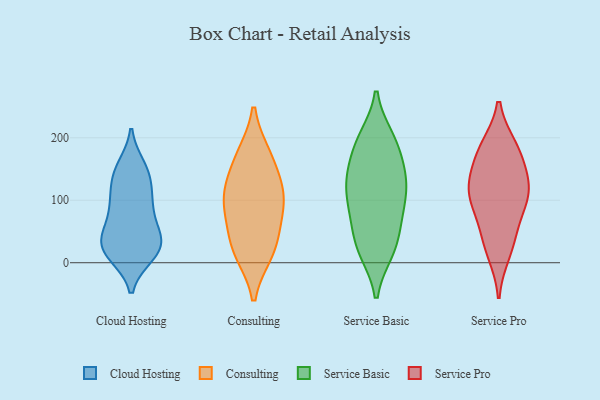
{"axis": {"x": "Active Users", "y": "Value"}, "legend": ["Cloud Hosting", "Consulting", "Service Basic", "Service Pro"], "data": [{"x": "", "y": 27, "type": "Cloud Hosting"}, {"x": "", "y": 22, "type": "Cloud Hosting"}, {"x": "", "y": 43, "type": "Cloud Hosting"}, {"x": "", "y": 16, "type": "Cloud Hosting"}, {"x": "", "y": 153, "type": "Cloud Hosting"}, {"x": "", "y": 13, "type": "Cloud Hosting"}, {"x": "", "y": 37, "type": "Cloud Hosting"}, {"x": "", "y": 97, "type": "Cloud Hosting"}, {"x": "", "y": 133, "type": "Cloud Hosting"}, {"x": "", "y": 78, "type": "Cloud Hosting"}, {"x": "", "y": 148, "type": "Cloud Hosting"}, {"x": "", "y": 143, "type": "Cloud Hosting"}, {"x": "", "y": 103, "type": "Cloud Hosting"}, {"x": "", "y": 15, "type": "Cloud Hosting"}, {"x": "", "y": 59, "type": "Cloud Hosting"}, {"x": "", "y": 38, "type": "Cloud Hosting"}, {"x": "", "y": 98, "type": "Cloud Hosting"}, {"x": "", "y": 90, "type": "Consulting"}, {"x": "", "y": 16, "type": "Consulting"}, {"x": "", "y": 172, "type": "Consulting"}, {"x": "", "y": 120, "type": "Consulting"}, {"x": "", "y": 102, "type": "Consulting"}, {"x": "", "y": 38, "type": "Consulting"}, {"x": "", "y": 122, "type": "Consulting"}, {"x": "", "y": 71, "type": "Consulting"}, {"x": "", "y": 171, "type": "Consulting"}, {"x": "", "y": 16, "type": "Consulting"}, {"x": "", "y": 140, "type": "Service Basic"}, {"x": "", "y": 77, "type": "Service Basic"}, {"x": "", "y": 179, "type": "Service Basic"}, {"x": "", "y": 199, "type": "Service Basic"}, {"x": "", "y": 77, "type": "Service Basic"}, {"x": "", "y": 77, "type": "Service Basic"}, {"x": "", "y": 20, "type": "Service Basic"}, {"x": "", "y": 190, "type": "Service Basic"}, {"x": "", "y": 199, "type": "Service Basic"}, {"x": "", "y": 112, "type": "Service Basic"}, {"x": "", "y": 115, "type": "Service Basic"}, {"x": "", "y": 144, "type": "Service Basic"}, {"x": "", "y": 21, "type": "Service Basic"}, {"x": "", "y": 136, "type": "Service Basic"}, {"x": "", "y": 42, "type": "Service Basic"}, {"x": "", "y": 19, "type": "Service Basic"}, {"x": "", "y": 123, "type": "Service Basic"}, {"x": "", "y": 113, "type": "Service Pro"}, {"x": "", "y": 184, "type": "Service Pro"}, {"x": "", "y": 179, "type": "Service Pro"}, {"x": "", "y": 174, "type": "Service Pro"}, {"x": "", "y": 36, "type": "Service Pro"}, {"x": "", "y": 108, "type": "Service Pro"}, {"x": "", "y": 63, "type": "Service Pro"}, {"x": "", "y": 17, "type": "Service Pro"}, {"x": "", "y": 100, "type": "Service Pro"}, {"x": "", "y": 131, "type": "Service Pro"}, {"x": "", "y": 122, "type": "Service Pro"}]}